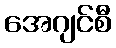
အေဂျင်စီ